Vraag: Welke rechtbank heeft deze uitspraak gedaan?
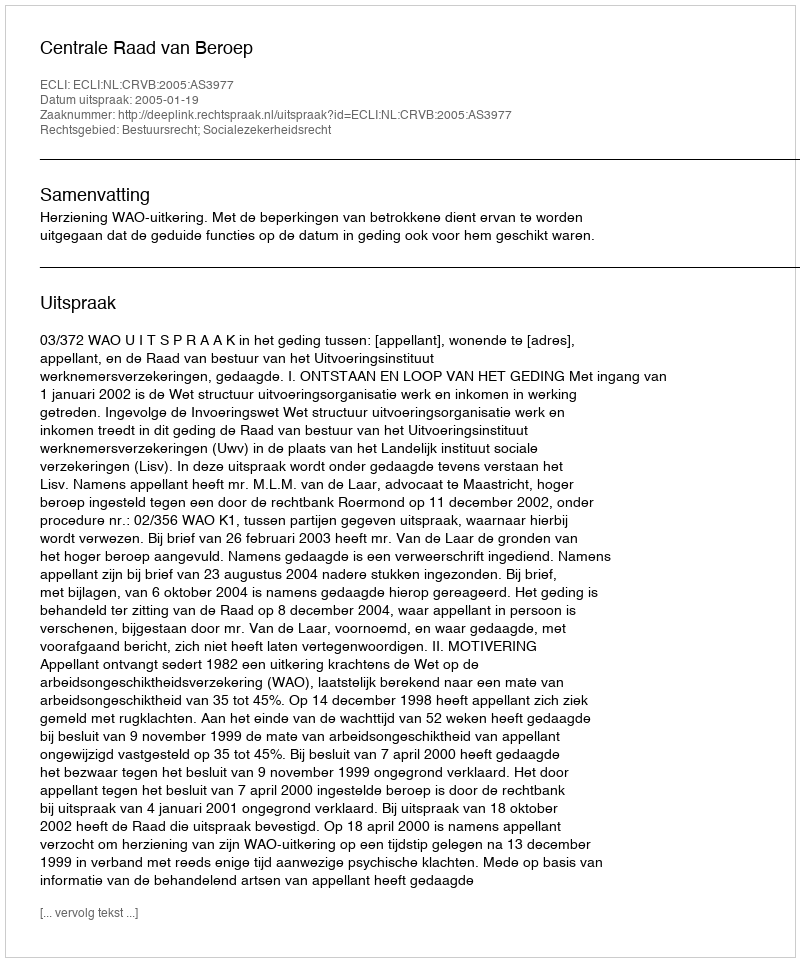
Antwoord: Centrale Raad van Beroep